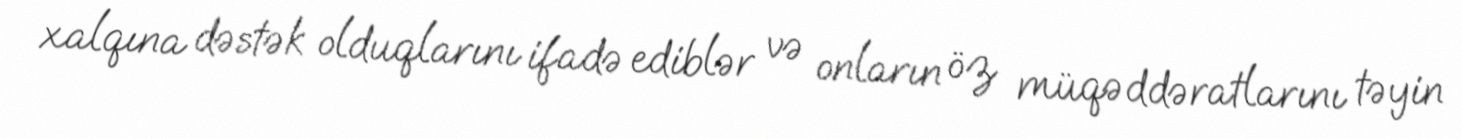
xalqına dəstək olduqlarını ifadə ediblər və onların öz müqəddəratlarını təyin